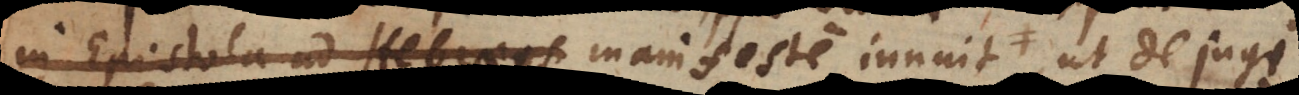
Epistola ad Ebraeos manifeste innuit, ut de jugi